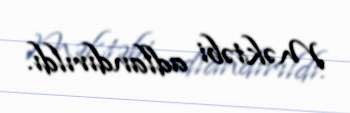
Məktəbi adlandırıldı.